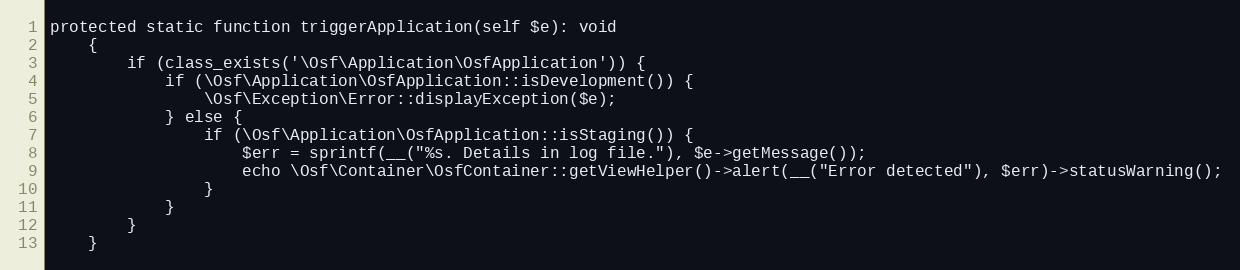
Language: PHP
protected static function triggerApplication(self $e): void
    {
        if (class_exists('\Osf\Application\OsfApplication')) {
            if (\Osf\Application\OsfApplication::isDevelopment()) {
                \Osf\Exception\Error::displayException($e);
            } else {
                if (\Osf\Application\OsfApplication::isStaging()) {
                    $err = sprintf(__("%s. Details in log file."), $e->getMessage());
                    echo \Osf\Container\OsfContainer::getViewHelper()->alert(__("Error detected"), $err)->statusWarning();
                }
            }
        }
    }